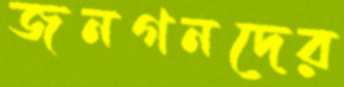
জনগনদের